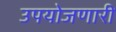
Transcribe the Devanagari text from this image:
उपयोजणारी